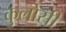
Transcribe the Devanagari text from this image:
कुलोसी